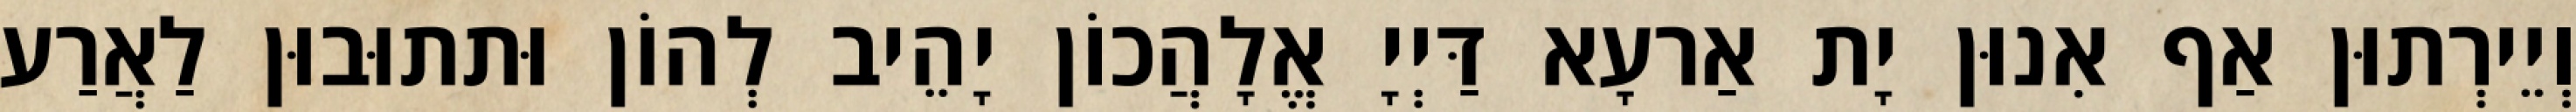
וְיֵירְתוּן אַף אִנוּן יָת אַרעָא דַּיְיָ אֱלָהֲכוֹן יָהֵיב לְהוֹן וּתתוּבוּן לַאֲרַע